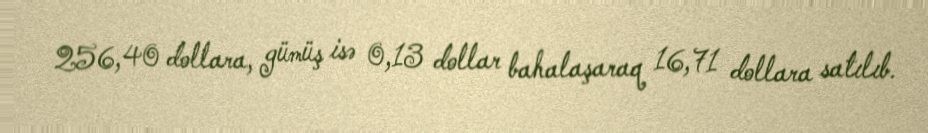
256,40 dollara, gümüş isə 0,13 dollar bahalaşaraq 16,71 dollara satılıb.